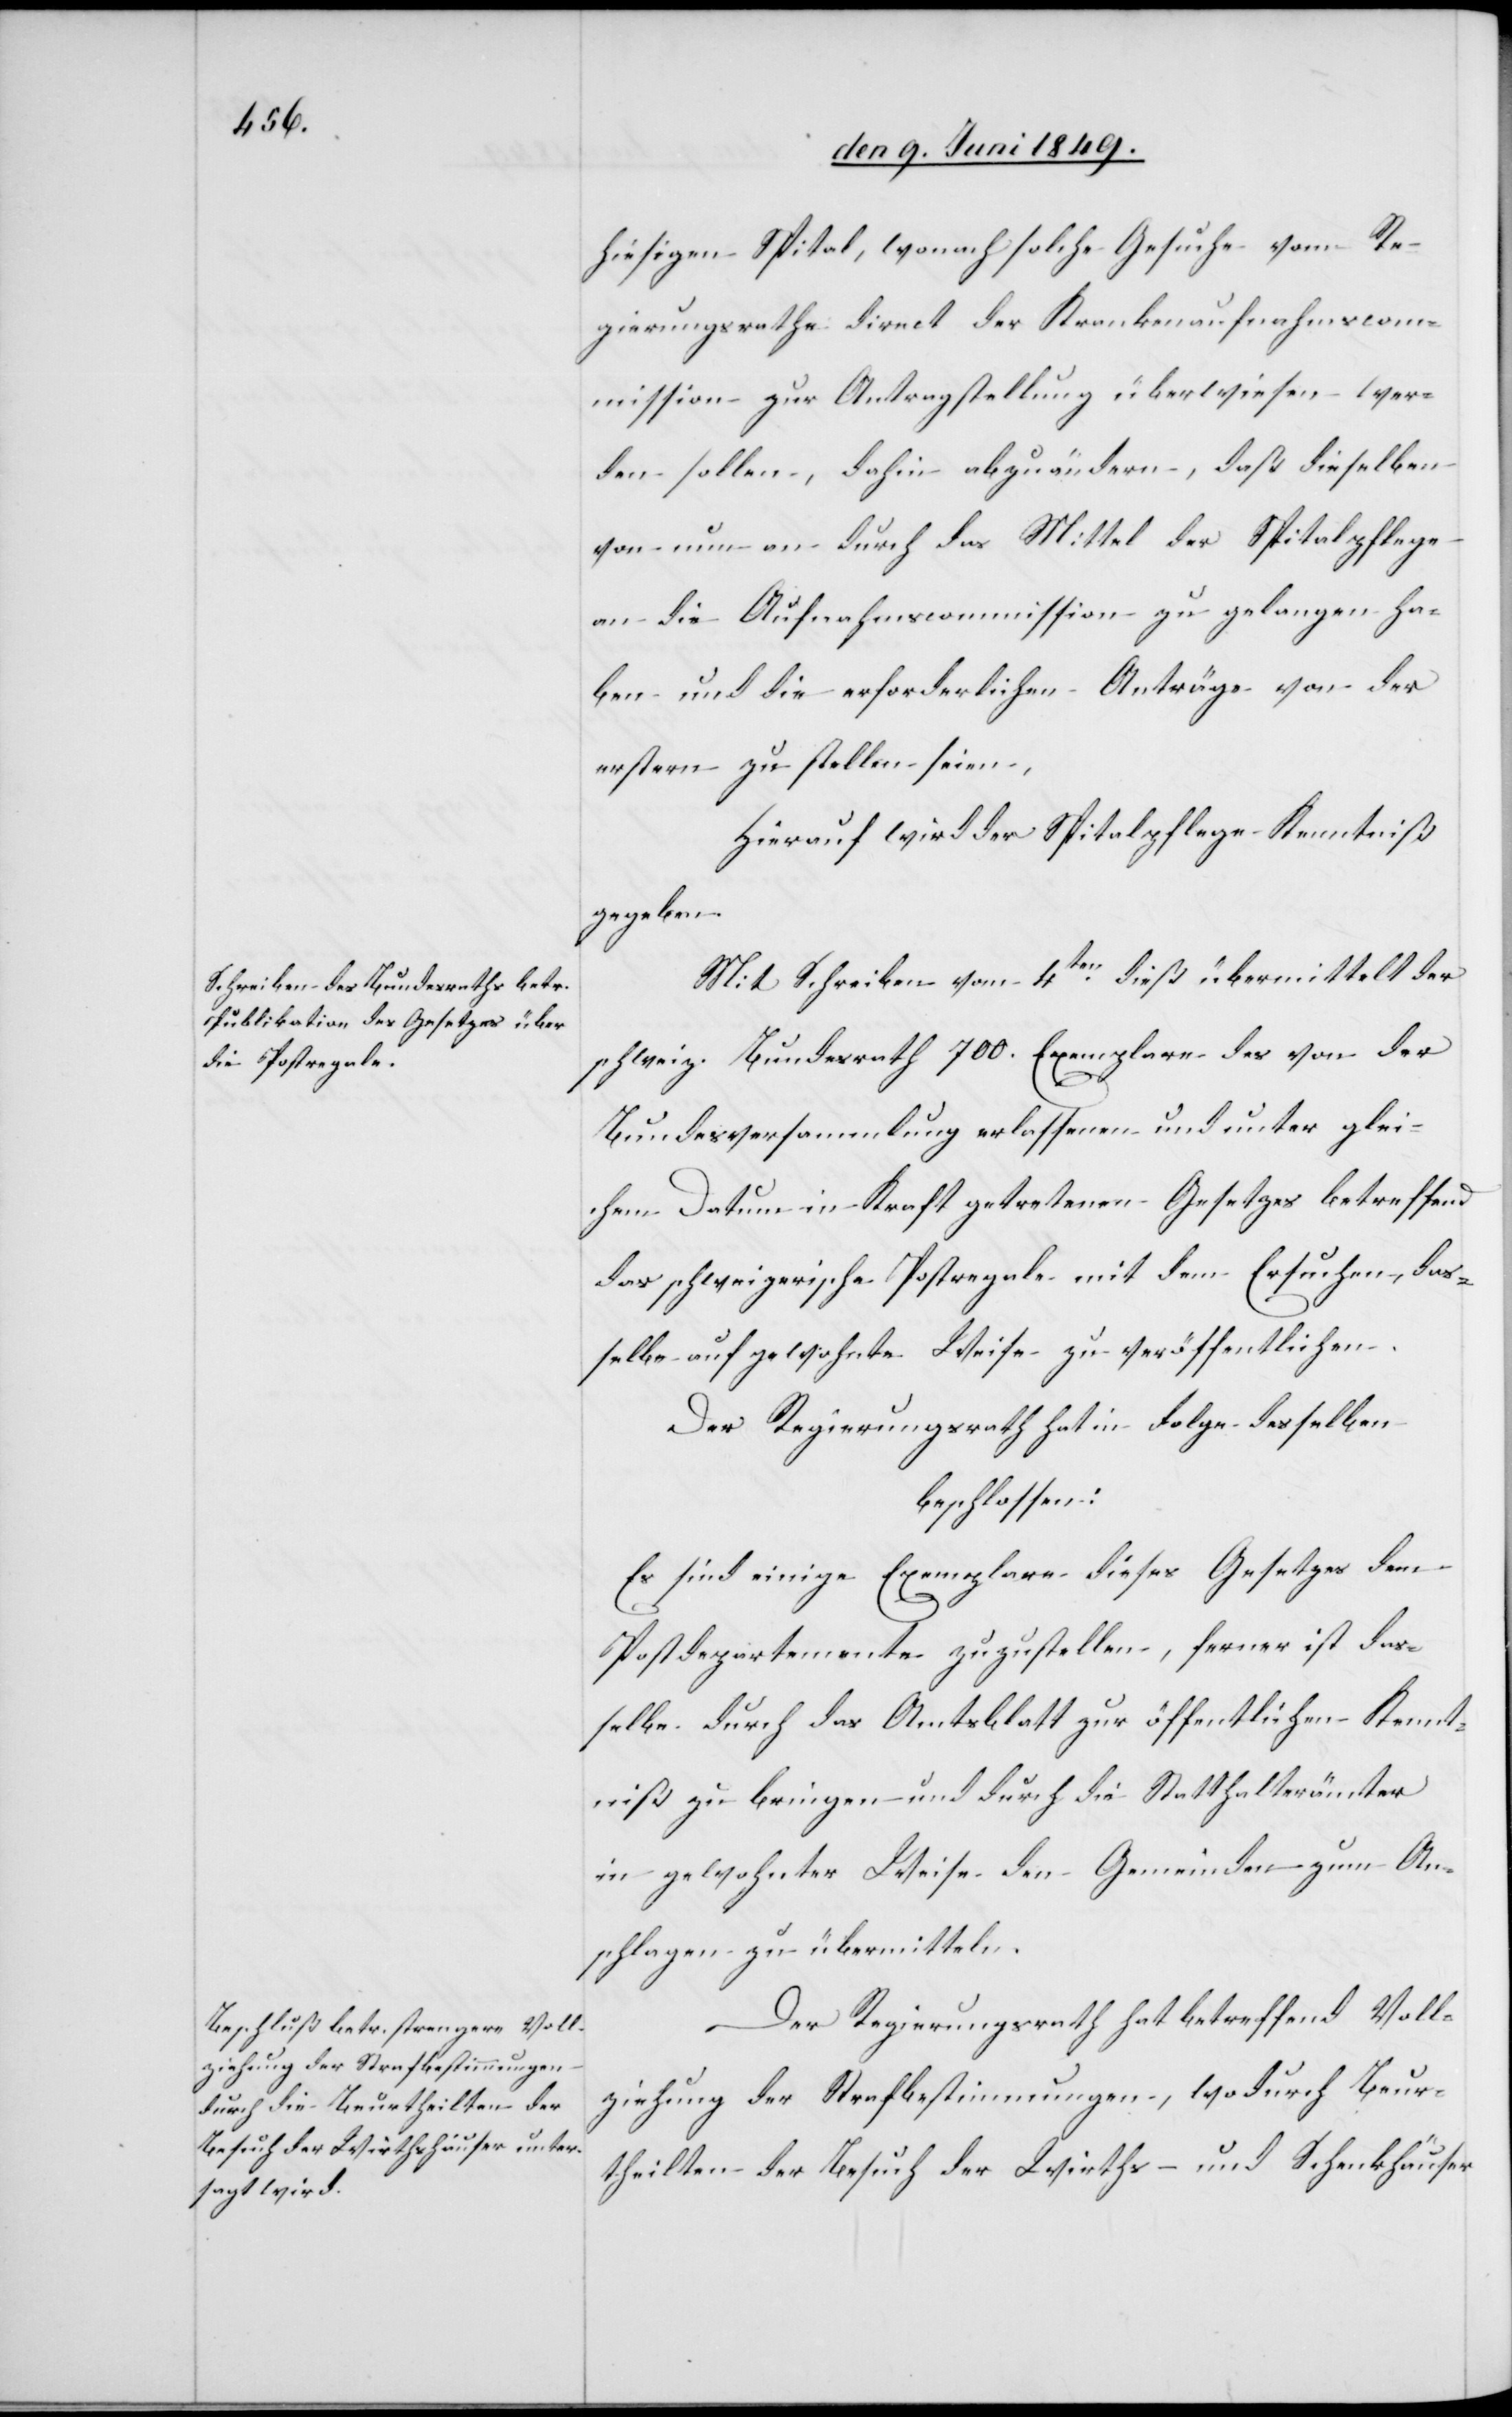
hiesigen Spital, wonach solche Gesuche vom Re¬
gierungsrathe direct der Krankenaufnahmscom¬
mission zur Antragstellung überwiesen wer¬
den sollen, dahin abzuändern, daß dieselben
von nun an durch das Mittel der Spitalpflege
an die Aufnahmscommission zu gelangen ha¬
ben und die erforderlichen Anträge von der
erstern zu stellen seien,
Hierauf wird der Spitalpflege Kenntniß
gegeben.
Mit Schreiben vom 4ten dieß übermittelt der
schweiz. Bundesrath 700. Exemplare des von der
Bundesversammlung erlassenen und unter glei¬
chem Datum in Kraft getretenen Gesetzes betreffend
das schweizerische Postregale mit dem Ersuchen, das¬
selbe auf gewohnte Weise zu veröffentlichen.
Der Regierungsrath hat in Folge desselben
beschlossen:
Es sind einige Exemplare dieses Gesetzes dem
Postdepartemente zuzustellen, ferner ist das¬
selbe durch das Amtsblatt zur öffentlichen Kennt¬
niß zu bringen und durch die Statthalterämter
in gewohnter Weise den Gemeinden zum An¬
schlagen zu übermitteln.
Der Regierungsrath hat betreffend Voll¬
ziehung der Strafbestimmungen, wodurch Beur¬
theilten der Besuch der Wirths- und Schenkhäuser